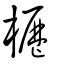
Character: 櫪